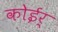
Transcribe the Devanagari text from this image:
कोईर्